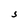
Character: S